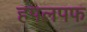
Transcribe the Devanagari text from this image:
हपलपफ